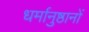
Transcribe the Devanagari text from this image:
धर्मानुष्ठानों